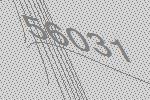
56031